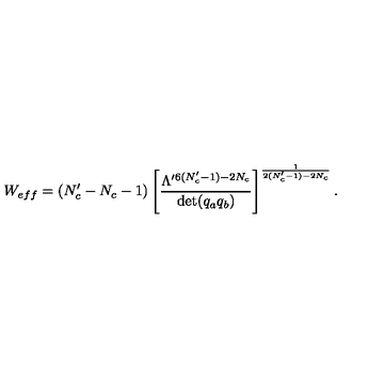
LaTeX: W _ { e f f } = ( N _ { c } ^ { \prime } - N _ { c } - 1 ) \left[ \frac { \Lambda ^ { \prime 6 ( N _ { c } ^ { \prime } - 1 ) - 2 N _ { c } } } { \det ( q _ { a } q _ { b } ) } \right] ^ { \frac { 1 } { 2 ( N _ { c } ^ { \prime } - 1 ) - 2 N _ { c } } } .